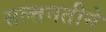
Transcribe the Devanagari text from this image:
सल्तनतीने